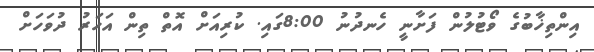
އިންތިޚާބުގެ ވޯޓުލުން ފަށާނީ ހެނދުނު 8:00ގައި. ކުރިއަށް އޮތް ތިން އަހަރު ދުވަހަށް